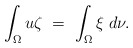
\begin{align*}\int_\Omega u\zeta\ =\ \int_\Omega \xi\;d\nu.\end{align*}